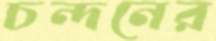
চন্দনের